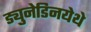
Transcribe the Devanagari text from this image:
ड्युनेडिनयेथे